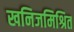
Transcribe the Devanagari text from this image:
खनिजमिश्रित